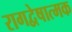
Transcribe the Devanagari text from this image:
रागद्वेषात्मक